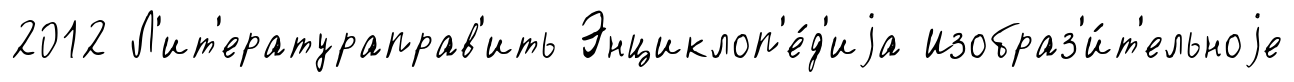
2012 Л'ит'ератураправ'ить Энциклоп'е́д'иjа Изобраз'и́т'ельноjе